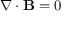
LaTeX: \nabla \cdot { \mathbf { B } } = 0